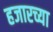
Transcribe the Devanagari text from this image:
हजारच्या